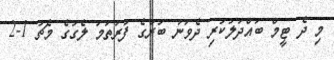
މި ދެ ޓީމް ބައްދަލުކުރި ދެވަނަ ބުރުގެ ފުރަތަމަ ލެގުގެ މެޗު 1-2